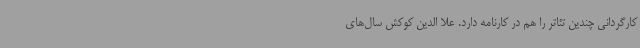
کارگردانی چندین تئاتر را هم در کارنامه دارد. علا الدین کوکش سال‌های